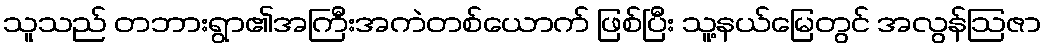
သူသည် တဘားရွာ၏အကြီးအကဲတစ်ယောက် ဖြစ်ပြီး သူ့နယ်မြေတွင် အလွန်ဩဇာ